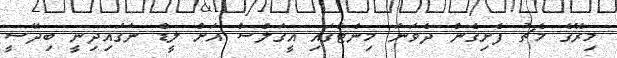
މިރޭގެ މެޗު ފެށިގެން ދެވަނަ މިނެޓްގައި އީގަލްސް އަށް ލީޑް ނަގައިދިނީ ބިދޭސީ